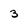
Character: 3